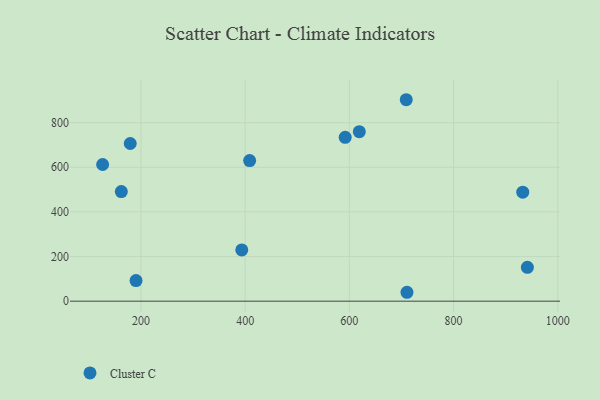
{"axis": {"x": "Price", "y": "Yield"}, "legend": ["Cluster C"], "data": [{"x": "709.2", "y": 902.5, "type": "Cluster C"}, {"x": "126.4", "y": 612.4, "type": "Cluster C"}, {"x": "592.0", "y": 734.0, "type": "Cluster C"}, {"x": "179.4", "y": 706.4, "type": "Cluster C"}, {"x": "941.7", "y": 151.6, "type": "Cluster C"}, {"x": "162.3", "y": 491.0, "type": "Cluster C"}, {"x": "932.8", "y": 488.4, "type": "Cluster C"}, {"x": "408.6", "y": 630.0, "type": "Cluster C"}, {"x": "619.1", "y": 759.2, "type": "Cluster C"}, {"x": "393.5", "y": 229.7, "type": "Cluster C"}, {"x": "710.6", "y": 39.9, "type": "Cluster C"}, {"x": "190.5", "y": 92.3, "type": "Cluster C"}]}